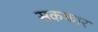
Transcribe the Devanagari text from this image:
सककार